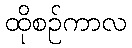
ထိုစဉ်ကာလ